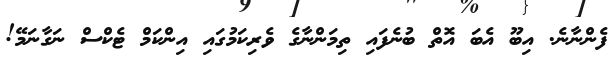
ފެންނާނެ. އިބޫ އެބަ އޮތް ބުނެފައި ތިމަންނާގެ ވެރިކަމުގައި އިންކަމް ޓެކްސް ނަގާނަމޭ!